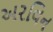
અરવિન